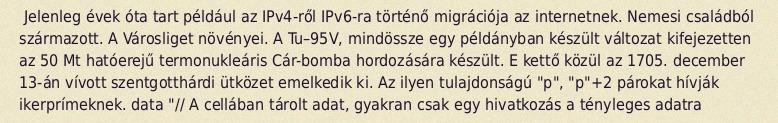
Jelenleg évek óta tart például az IPv4-ről IPv6-ra történő migrációja az internetnek. Nemesi családból származott. A Városliget növényei. A Tu–95V, mindössze egy példányban készült változat kifejezetten az 50 Mt hatóerejű termonukleáris Cár-bomba hordozására készült. E kettő közül az 1705. december 13-án vívott szentgotthárdi ütközet emelkedik ki. Az ilyen tulajdonságú "p", "p"+2 párokat hívják ikerprímeknek. data "// A cellában tárolt adat, gyakran csak egy hivatkozás a tényleges adatra